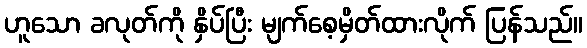
ဟူသော ခလုတ်ကို နှိပ်ပြီး မျက်စေ့မှိတ်ထားလိုက် ပြန်သည်။